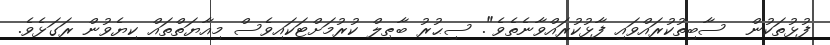
ފުޅުތަކުން  ސާބިތުކުރައްވައި ފާޅުކުރައްވާނެތެވެ". ސިޙުރު ބާޠިލް ކުރުމަށްޓަކައިވެސް މިއާޔަތްތައް ކިޔެވުން ރަގަޅެވެ.